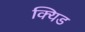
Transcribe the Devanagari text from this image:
क्यिड